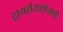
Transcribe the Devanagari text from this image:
ट्रायसेराटॉप्सची